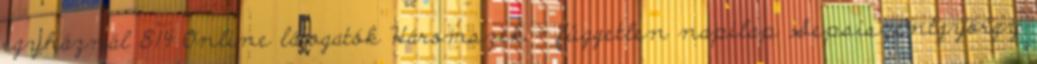
egyháznál 814 Online látogatók Háromszék - független napilap Sepsiszentgyörgy